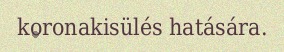
koronakisülés hatására.